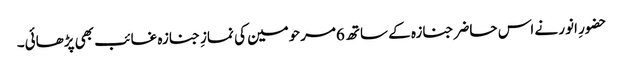
حضورِ انور نے اس حاضر جنازہ کے ساتھ 6مرحومین کی نمازِ جنازہ غائب بھی پڑھائی۔